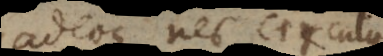
adeoque nec circulus